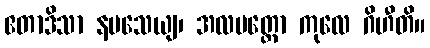
ဧတာဒိသာ နမသေယျ၊ အလမတ္တော ကုလေ ဂိဟီတိ။